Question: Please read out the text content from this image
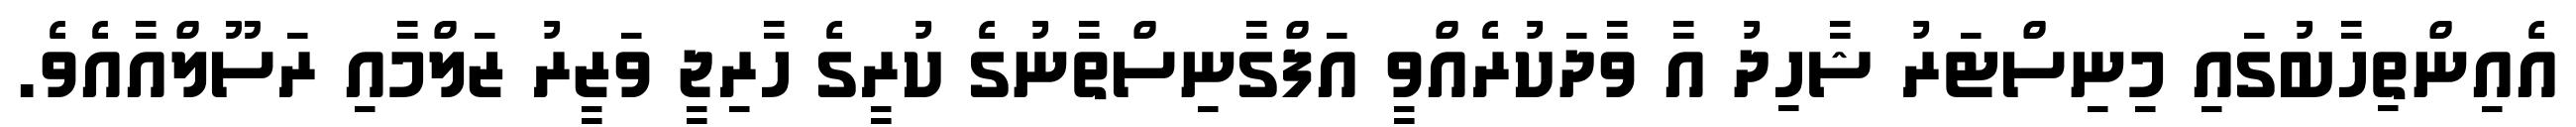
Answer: އެއިންތިހާބުގައި މިނިސްޓަރު ޝާހިދު އާ ވާދަކުރެއްވީ އަފްގާނިސްތާނުގެ ކުރީގެ ހާރިޖީ ވަޒީރު ޒަލްމާއި ރަސޫލްއާއެވެ.